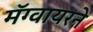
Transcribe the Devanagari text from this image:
मॅग्वायरने